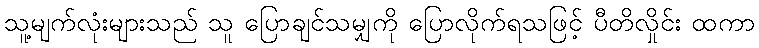
သူ့မျက်လုံးများသည် သူ ပြောချင်သမျှကို ပြောလိုက်ရသဖြင့် ပီတိလှိုင်း ထကာ